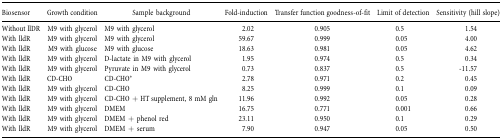
<table><thead><tr><td><b>Biosensor</b></td><td><b>Growth condition</b></td><td><b>Sample background</b></td><td><b>Fold‐induction</b></td><td><b>Transfer function goodness‐of‐fit</b></td><td><b>Limit of detection</b></td><td><b>Sensitivity (hill slope)</b></td></tr></thead><tbody><tr><td>Without llDR</td><td>M9 with glycerol</td><td>M9 with glycerol</td><td>2.02</td><td>0.905</td><td>0.5</td><td>1.54</td></tr><tr><td>With lldR</td><td>M9 with glycerol</td><td>M9 with glycerol</td><td>59.67</td><td>0.999</td><td>0.05</td><td>4.00</td></tr><tr><td>With lldR</td><td>M9 with glucose</td><td>M9 with glucose</td><td>18.63</td><td>0.981</td><td>0.05</td><td>4.62</td></tr><tr><td>With lldR</td><td>M9 with glycerol</td><td>D‐lactate in M9 with glycerol</td><td>1.95</td><td>0.974</td><td>0.5</td><td>0.34</td></tr><tr><td>With lldR</td><td>M9 with glycerol</td><td>Pyruvate in M9 with glycerol</td><td>0.73</td><td>0.837</td><td>0.5</td><td>‐11.57</td></tr><tr><td>With lldR</td><td>CD‐CHO</td><td>CD‐CHO*</td><td>2.78</td><td>0.971</td><td>0.2</td><td>0.45</td></tr><tr><td>With lldR</td><td>M9 with glycerol</td><td>CD‐CHO</td><td>8.25</td><td>0.999</td><td>0.1</td><td>0.09</td></tr><tr><td>With lldR</td><td>M9 with glycerol</td><td>CD‐CHO + HT supplement, 8 mM gln</td><td>11.96</td><td>0.992</td><td>0.05</td><td>0.28</td></tr><tr><td>With lldR</td><td>M9 with glycerol</td><td>DMEM</td><td>16.75</td><td>0.771</td><td>0.001</td><td>0.66</td></tr><tr><td>With lldR</td><td>M9 with glycerol</td><td>DMEM + phenol red</td><td>23.11</td><td>0.950</td><td>0.1</td><td>0.29</td></tr><tr><td>With lldR</td><td>M9 with glycerol</td><td>DMEM + serum</td><td>7.90</td><td>0.947</td><td>0.05</td><td>0.50</td></tr></tbody></table>